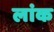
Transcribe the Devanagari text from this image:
लांक